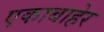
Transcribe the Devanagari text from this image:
एकाबाहेर